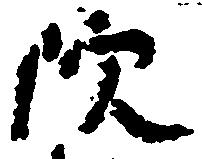
院